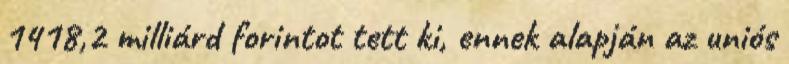
1418,2 milliárd forintot tett ki, ennek alapján az uniós